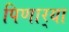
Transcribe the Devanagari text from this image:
पिणार्‍या